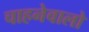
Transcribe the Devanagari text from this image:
चाहनेवालो